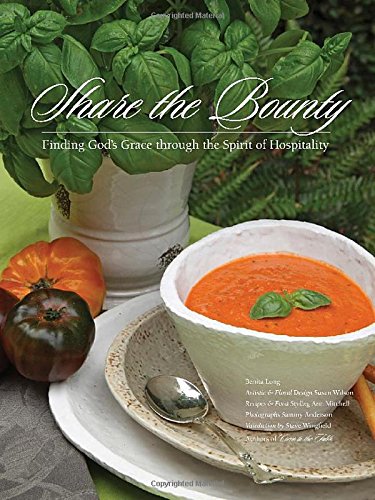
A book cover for Share the Bounty: Finding God's Grace through the Spirit of Hospitality; Benita Long; Christian Books & Bibles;